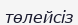
төлейсіз